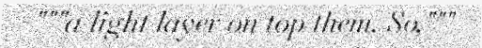
"""a light layer on top them. So,"""